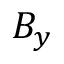
B _ { y }